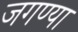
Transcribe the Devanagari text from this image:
जगण्या